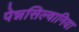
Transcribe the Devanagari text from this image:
पेन्नसिल्वानिया